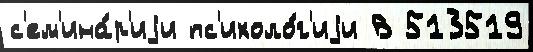
с'ем'ина́р'иjи пс'ихоло́г'иjи В 513519